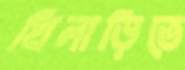
খিলাড়িতে